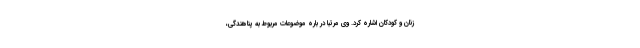
زنان و کودکان اشاره کرد. وی مرتبا در باره موضوعات مربوط به پناهندگی،